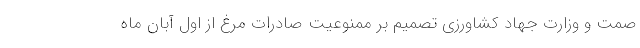
صمت و وزارت جهاد کشاورزی تصمیم بر ممنوعیت صادرات مرغ از اول آبان ماه